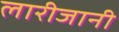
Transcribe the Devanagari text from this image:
लारीजानी